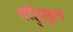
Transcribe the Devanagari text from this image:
बाँहुसूल